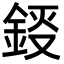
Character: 鋄